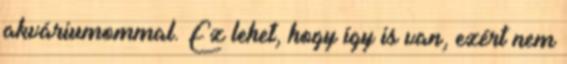
akváriumommal. Ez lehet, hogy így is van, ezért nem